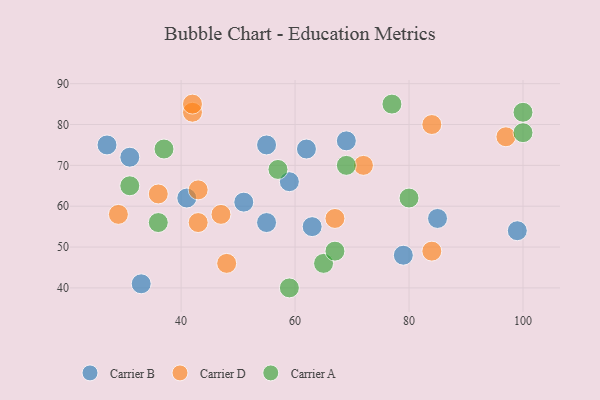
{"axis": {"x": "GDP", "y": "Life Expectancy"}, "legend": ["Carrier A", "Carrier B", "Carrier D"], "data": [{"x": "51", "y": 61, "type": "Carrier B"}, {"x": "69", "y": 76, "type": "Carrier B"}, {"x": "62", "y": 74, "type": "Carrier B"}, {"x": "41", "y": 62, "type": "Carrier B"}, {"x": "85", "y": 57, "type": "Carrier B"}, {"x": "33", "y": 41, "type": "Carrier B"}, {"x": "31", "y": 72, "type": "Carrier B"}, {"x": "27", "y": 75, "type": "Carrier B"}, {"x": "99", "y": 54, "type": "Carrier B"}, {"x": "79", "y": 48, "type": "Carrier B"}, {"x": "59", "y": 66, "type": "Carrier B"}, {"x": "55", "y": 75, "type": "Carrier B"}, {"x": "63", "y": 55, "type": "Carrier B"}, {"x": "55", "y": 56, "type": "Carrier B"}, {"x": "84", "y": 80, "type": "Carrier D"}, {"x": "67", "y": 57, "type": "Carrier D"}, {"x": "48", "y": 46, "type": "Carrier D"}, {"x": "43", "y": 64, "type": "Carrier D"}, {"x": "42", "y": 83, "type": "Carrier D"}, {"x": "36", "y": 63, "type": "Carrier D"}, {"x": "97", "y": 77, "type": "Carrier D"}, {"x": "84", "y": 49, "type": "Carrier D"}, {"x": "29", "y": 58, "type": "Carrier D"}, {"x": "47", "y": 58, "type": "Carrier D"}, {"x": "42", "y": 85, "type": "Carrier D"}, {"x": "43", "y": 56, "type": "Carrier D"}, {"x": "72", "y": 70, "type": "Carrier D"}, {"x": "37", "y": 74, "type": "Carrier A"}, {"x": "100", "y": 83, "type": "Carrier A"}, {"x": "36", "y": 56, "type": "Carrier A"}, {"x": "57", "y": 69, "type": "Carrier A"}, {"x": "100", "y": 78, "type": "Carrier A"}, {"x": "59", "y": 40, "type": "Carrier A"}, {"x": "65", "y": 46, "type": "Carrier A"}, {"x": "67", "y": 49, "type": "Carrier A"}, {"x": "77", "y": 85, "type": "Carrier A"}, {"x": "69", "y": 70, "type": "Carrier A"}, {"x": "31", "y": 65, "type": "Carrier A"}, {"x": "80", "y": 62, "type": "Carrier A"}]}